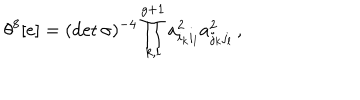
LaTeX: \theta ^ { 8 } [ e ] = ( \det { \sigma } ) ^ { - 4 } \prod _ { k , l } ^ { g + 1 } a _ { i _ { k } i _ { l } } ^ { 2 } a _ { j _ { k } j _ { l } } ^ { 2 } \, ,